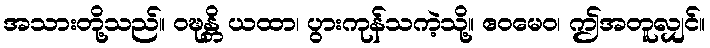
အသားတို့သည်။ ဝဍ္ဎန္တိ ယထာ၊ ပွားကုန်သကဲ့သို့။ ဧဝမေဝ၊ ဤအတူလျှင်။